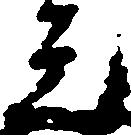
元